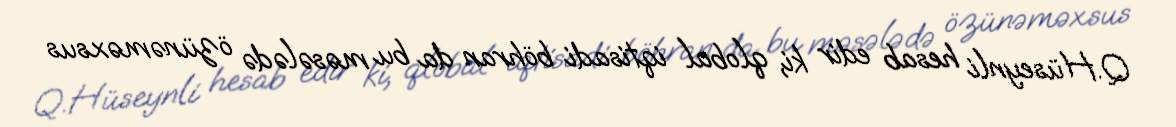
Q.Hüseynli hesab edir ki, qlobal iqtisadi böhran da bu məsələdə özünəməxsus